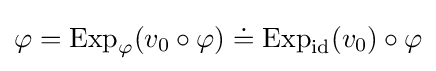
\varphi =\operatorname {Exp} _{\varphi }(v_{0}\circ \varphi )\doteq \operatorname {Exp} _{\operatorname {id} }(v_{0})\circ \varphi